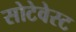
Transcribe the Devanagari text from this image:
सोटेवेस्ट